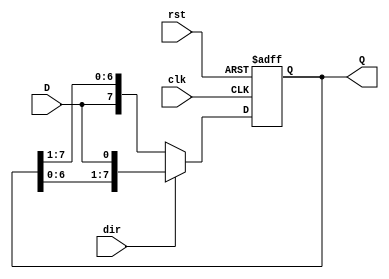
module shift_register #(
    parameter N = 8  // Width of the shift register
)(
    input wire clk,           // Clock signal
    input wire rst,           // Reset signal
    input wire D,             // Data input
    input wire dir,           // Shift direction (1 for left, 0 for right)
    output reg [N-1:0] Q      // Data output
);

    always @(posedge clk or posedge rst) begin
        if (rst) begin
            Q <= {N{1'b0}};  // Reset all bits to 0
        end else begin
            if (dir) begin
                // Shift left and load D into LSB
                Q <= {Q[N-2:0], D};
            end else begin
                // Shift right and load D into MSB
                Q <= {D, Q[N-1:1]};
            end
        end
    end

endmodule